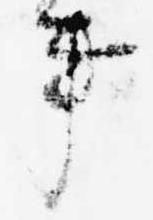
事